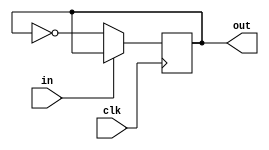
module DC_state(clk,in,out);
	input clk,in;
	output out;
	reg out;
  
  always @(posedge clk)
    begin 
			if(in==0)
			  out=~out;
			else 
			  out=out;
		end
endmodule